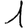
Digit: 1